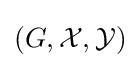
(G,{\mathcal {X}},{\mathcal {Y}})